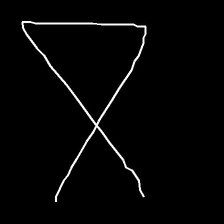
Glyph: collection